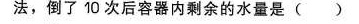
法，倒了10次后容器内剩余的水量是( )